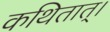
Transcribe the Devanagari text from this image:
कथितात्।